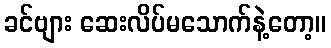
ခင်ဗျား ဆေးလိပ်မသောက်နဲ့တော့။